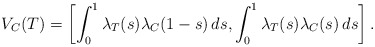
\begin{align*}V_C(T) = \left[ \int^1_0 \lambda_T(s) \lambda_C(1-s) \, ds, \int^1_{0} \lambda_T(s) \lambda_C(s)\, ds \right].\end{align*}